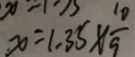
x = 1 . 3 5 \times \frac { 1 0 } { 9 }